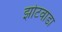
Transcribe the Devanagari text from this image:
झोटवाडा